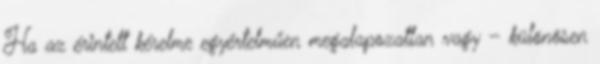
Ha az érintett kérelme egyértelműen megalapozatlan vagy – különösen